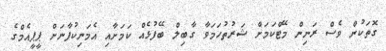
ގޮތަކުން ވެސް ރަނިން މޭޓްކަމަށް ޝަރުތުހަމަވާ ގާބިލް ބޭފުޅެއް ކަމަށާއި އެމަނިކުފާނަށް ޕީޕީއެމްގެ